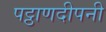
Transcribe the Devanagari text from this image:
पट्ठाणदीपनी